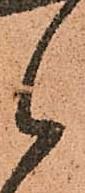
候